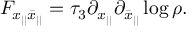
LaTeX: F _ { x _ { | | } \bar { x } _ { | | } } = \tau _ { 3 } \partial _ { x _ { | | } } \partial _ { \bar { x } _ { | | } } \log \rho .